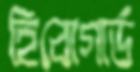
হিবোগার্ড